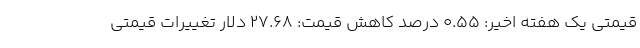
قیمتی یک هفته اخیر: ۰.۵۵ درصد کاهش قیمت: ۲۷.۶۸ دلار تغییرات قیمتی